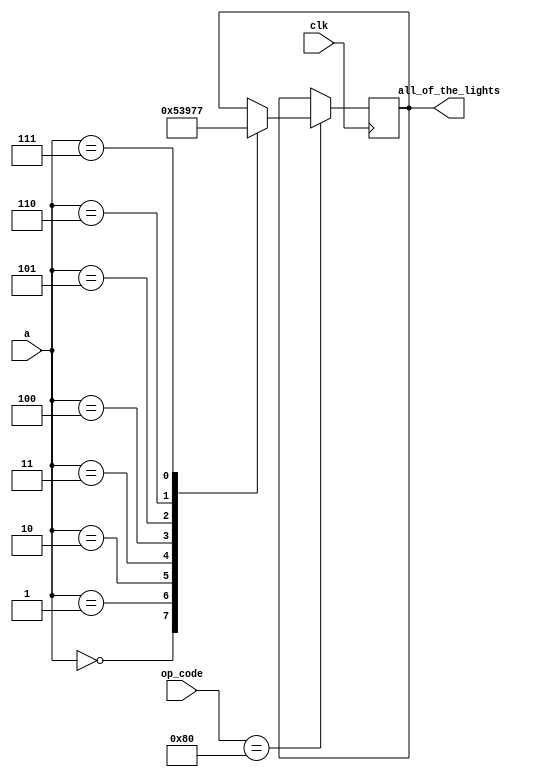
`timescale 1ns / 1ps
//////////////////////////////////////////////////////////////////////////////////
// Company: 
// Engineer: 
// 
// Design Name: 
// Module Name: vga_commands
// Project Name: 
// Target Devices: 
// Tool Versions: 
// Description: 
// 
// Dependencies: 
// 
// Revision:
// Revision 0.01 - File Created
// Additional Comments:
// 
//////////////////////////////////////////////////////////////////////////////////


module vga_commands(
input clk,
input [7:0]a,
input [10:0]op_code,
output reg[2:0]all_of_the_lights
    );

always@(posedge clk)begin
    if(op_code==11'b00010000000)
    case(a)
        8'b000: all_of_the_lights=3'b000;
        8'b001: all_of_the_lights=3'b001;
        8'b010: all_of_the_lights=3'b010;
        8'b011: all_of_the_lights=3'b011;
        8'b100: all_of_the_lights=3'b100;
        8'b101: all_of_the_lights=3'b101;
        8'b110: all_of_the_lights=3'b110;//nothing
        8'b111: all_of_the_lights=3'b111;//nothing
        endcase
end
    
    
endmodule